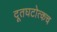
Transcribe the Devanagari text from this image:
दूतघटोत्कच